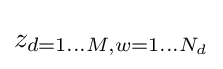
z_{d=1\dots M,w=1\dots N_{d}}